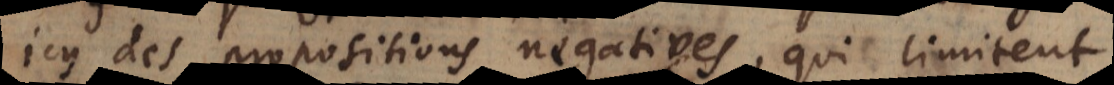
icy des propositions negatives, qui limitent